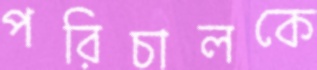
পরিচালকে